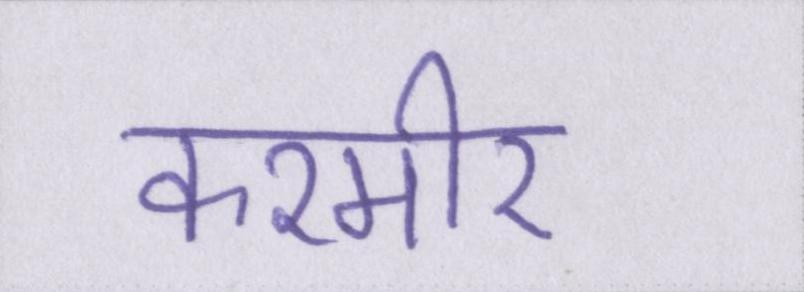
कश्मीर